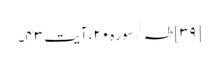
[۳۹] طہ/سوره۲۰، آیت ۴۳۔